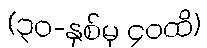
(၃၀-နှစ်မှ ၄၀ထိ)